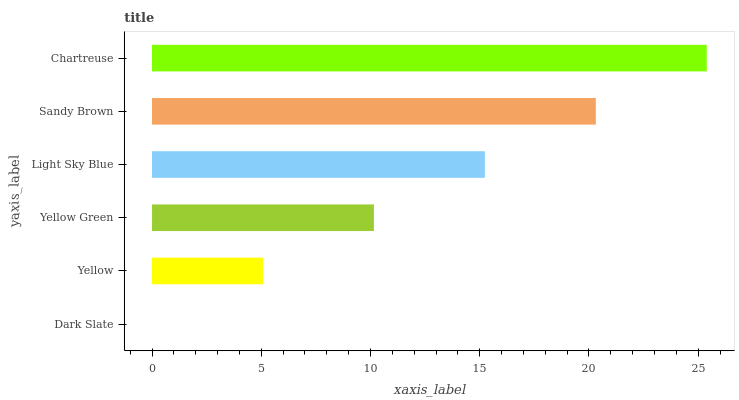
| yaxis_label | bars |
 | --- | --- |
 | Dark Slate | 0 |
 | Yellow | 5.08 |
 | Yellow Green | 10.2 |
 | Light Sky Blue | 15.2 |
 | Sandy Brown | 20.3 |
 | Chartreuse | 25.4 |